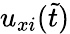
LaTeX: u_{xi}(\tilde{t})